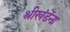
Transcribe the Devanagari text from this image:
श्रीखंडेंना